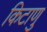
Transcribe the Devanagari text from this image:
किटाणु